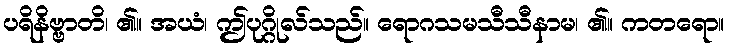
ပရိနိဗ္ဗာတိ၊ ၏။ အယံ၊ ဤပုဂ္ဂိုလ်သည်။ ရောဂသမသီသီနာမ၊ ၏။ ကတရော။